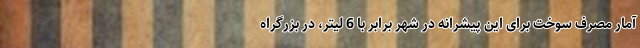
آمار مصرف سوخت برای این پیشرانه در شهر برابر با 6 لیتر، در بزرگراه